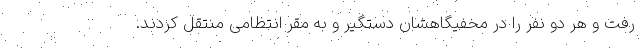
رفت و هر دو نفر را در مخفیگاهشان دستگیر و به مقر انتظامی منتقل کردند.